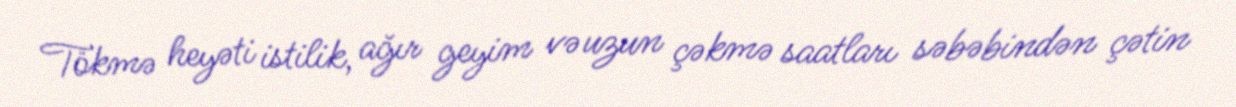
Tökmə heyəti istilik, ağır geyim və uzun çəkmə saatları səbəbindən çətin